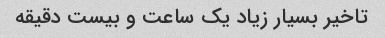
تاخیر بسیار زیاد یک ساعت و بیست دقیقه